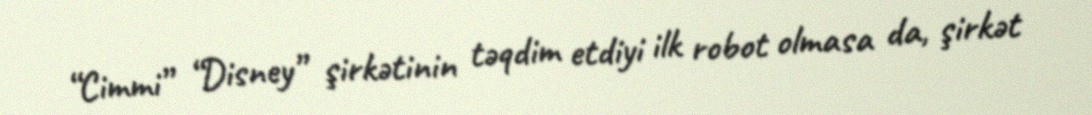
“Cimmi” “Disney” şirkətinin təqdim etdiyi ilk robot olmasa da, şirkət